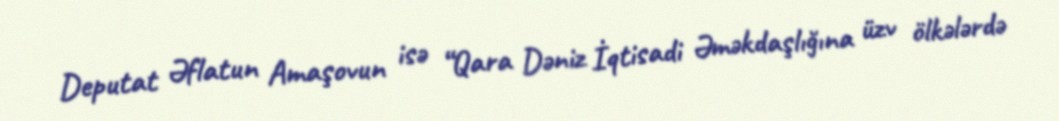
Deputat Əflatun Amaşovun isə “Qara Dəniz İqtisadi Əməkdaşlığına üzv ölkələrdə